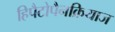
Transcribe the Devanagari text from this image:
हिपैटोपैनक्रियाज